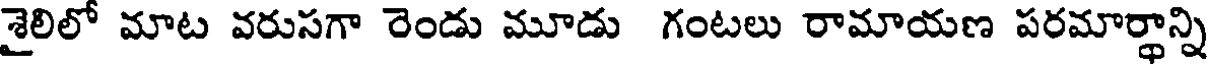
శైలిలో మాట వరుసగా రెండు మూడు గంటలు రామాయణ పరమార్థాన్ని